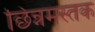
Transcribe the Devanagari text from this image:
छिन्नमस्तक